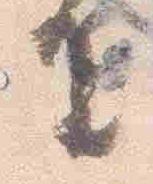
王